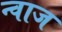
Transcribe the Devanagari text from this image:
न्वाज